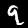
Digit: 9